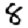
Digit: 8